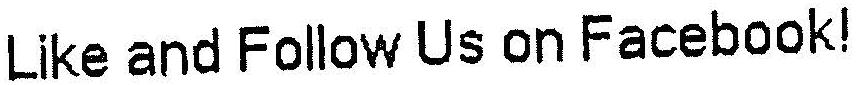
LIKE AND FOLLOW US ON FACEBOOK!